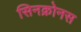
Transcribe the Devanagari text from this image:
सिनक्रोनस